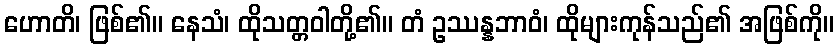
ဟောတိ၊ ဖြစ်၏။ နေသံ၊ ထိုသတ္တဝါတို့၏။ တံ ဥဿန္နဘာဝံ၊ ထိုများကုန်သည်၏ အဖြစ်ကို။